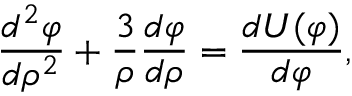
{ \frac { d ^ { 2 } \varphi } { d \rho ^ { 2 } } } + { \frac { 3 } { \rho } } { \frac { d \varphi } { d \rho } } = { \frac { d U ( \varphi ) } { d \varphi } } ,